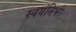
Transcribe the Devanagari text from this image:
स्‍वयंनिर्भर